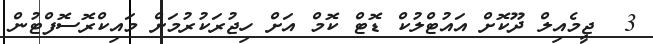
3  ޖީމެއިލް ދޫކޮށް އައުޓްލުކް ޑޮޓް ކޮމް އަށް ހިޖުރަކުރުމަށް މައިކްރޮސޮފްޓުން